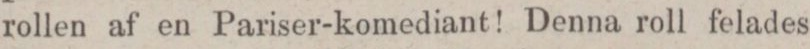
rollen af en Pariser-komediant! Denna roll felades